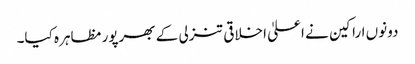
دونوں اراکین نے اعلیٰ اخلاقی تنزلی کے بھرپور مظاہرہ کیا۔